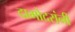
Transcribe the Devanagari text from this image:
दामोदरांनी